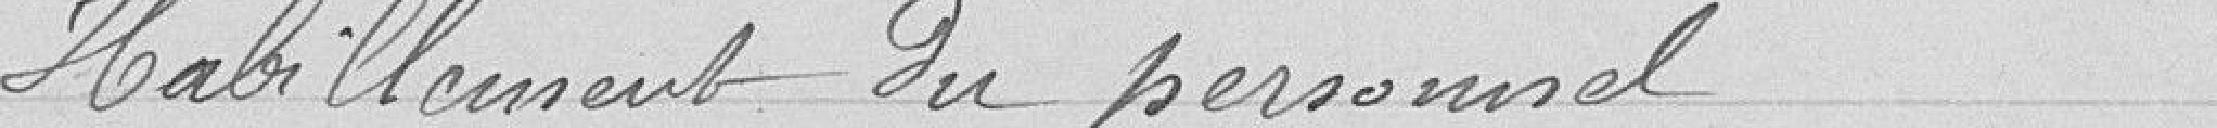
Habillement du personnel